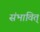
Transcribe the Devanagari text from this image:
संभावित्